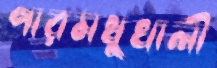
পারমধুখালী